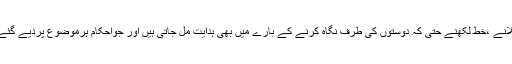
ان روایات میں بیٹھنے ، بات کرنے ،مسکرانے ،مذاق کرنے ،کھانا کھلانے ،خط لکھنے حتّی کہ دوستوں کی طرف نگاہ کرنے کے بارے میں بھی ہدایت مل جاتی ہیں اور جواحکام ہرموضوع پردیے گئے ہیں ان کا نقل کرناہمیں تفسیر ی بحث کے دائرہ سے خارج کردے گا ۔